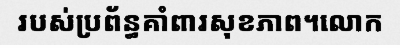
របស់ប្រព័ន្ធគាំពារសុខភាព។លោក